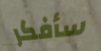
سأفكر